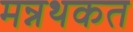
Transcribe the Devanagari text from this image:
मन्नथकत